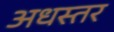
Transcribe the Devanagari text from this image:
अधस्तर